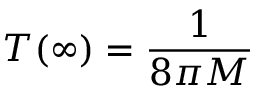
T ( \infty ) = { \frac { 1 } { 8 \pi M } }